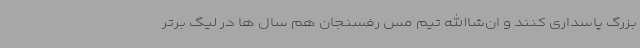
بزرگ پاسداری کنند و ان‌شاالله تیم مس رفسنجان هم سال ها در لیگ برتر